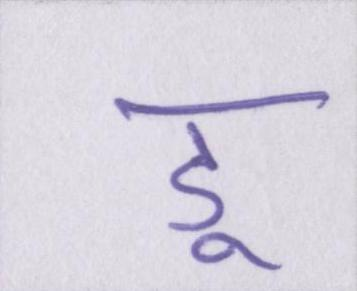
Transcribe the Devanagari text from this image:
डू